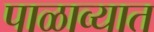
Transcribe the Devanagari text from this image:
पाळाव्यात